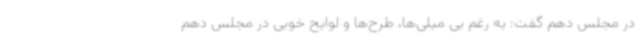
در مجلس دهم گفت: به رغم بی میلی‌ها، طرح‌ها و لوایح خوبی در مجلس دهم